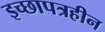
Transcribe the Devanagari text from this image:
इच्छापत्रहीन